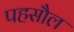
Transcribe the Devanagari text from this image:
पहसौल